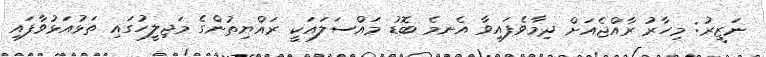
ނަޒީރު: މިހާރު ރާއްޖެއަށް ދިމާވެފައިވާ އެނމެ ބޮޑު މައްސަލައަކީ ރައްޔިތުންގެ މަޖިލީހުގައި ތަޅުއަޅުވާފައި